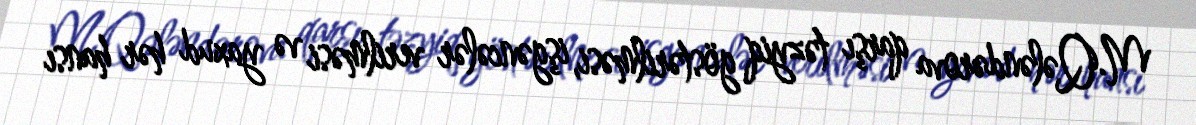
M.Qələndərova qarşı təzyiq göstərilməsi, işgəncələr verilməsi və yaxud hər hansı